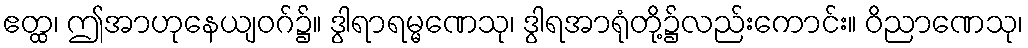
ဧတ္ထ၊ ဤအာဟုနေယျဝဂ်၌။ ဒွါရာရမ္မဏေသု၊ ဒွါရအာရုံတို့၌လည်းကောင်း။ ဝိညာဏေသု၊